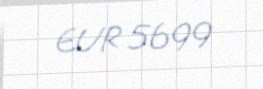
EUR 5699